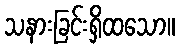
သနားခြင်းရှိထသော။